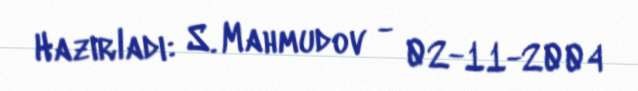
Hazırladı: S. Mahmudov - 02-11-2004